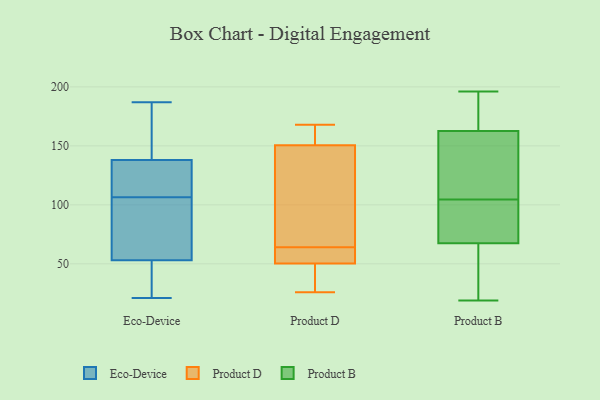
{"axis": {"x": "Market Share (%)", "y": "Value"}, "legend": ["Eco-Device", "Product B", "Product D"], "data": [{"x": "", "y": 137, "type": "Eco-Device"}, {"x": "", "y": 63, "type": "Eco-Device"}, {"x": "", "y": 133, "type": "Eco-Device"}, {"x": "", "y": 148, "type": "Eco-Device"}, {"x": "", "y": 38, "type": "Eco-Device"}, {"x": "", "y": 110, "type": "Eco-Device"}, {"x": "", "y": 48, "type": "Eco-Device"}, {"x": "", "y": 21, "type": "Eco-Device"}, {"x": "", "y": 187, "type": "Eco-Device"}, {"x": "", "y": 87, "type": "Eco-Device"}, {"x": "", "y": 33, "type": "Eco-Device"}, {"x": "", "y": 181, "type": "Eco-Device"}, {"x": "", "y": 138, "type": "Eco-Device"}, {"x": "", "y": 125, "type": "Eco-Device"}, {"x": "", "y": 53, "type": "Eco-Device"}, {"x": "", "y": 78, "type": "Eco-Device"}, {"x": "", "y": 103, "type": "Eco-Device"}, {"x": "", "y": 156, "type": "Eco-Device"}, {"x": "", "y": 64, "type": "Product D"}, {"x": "", "y": 158, "type": "Product D"}, {"x": "", "y": 168, "type": "Product D"}, {"x": "", "y": 128, "type": "Product D"}, {"x": "", "y": 112, "type": "Product D"}, {"x": "", "y": 166, "type": "Product D"}, {"x": "", "y": 38, "type": "Product D"}, {"x": "", "y": 47, "type": "Product D"}, {"x": "", "y": 64, "type": "Product D"}, {"x": "", "y": 26, "type": "Product D"}, {"x": "", "y": 60, "type": "Product D"}, {"x": "", "y": 196, "type": "Product B"}, {"x": "", "y": 177, "type": "Product B"}, {"x": "", "y": 149, "type": "Product B"}, {"x": "", "y": 45, "type": "Product B"}, {"x": "", "y": 19, "type": "Product B"}, {"x": "", "y": 97, "type": "Product B"}, {"x": "", "y": 157, "type": "Product B"}, {"x": "", "y": 50, "type": "Product B"}, {"x": "", "y": 99, "type": "Product B"}, {"x": "", "y": 85, "type": "Product B"}, {"x": "", "y": 168, "type": "Product B"}, {"x": "", "y": 110, "type": "Product B"}]}